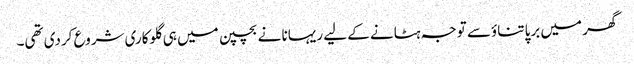
گھر میں برپا تناؤسے توجہ ہٹانے کے لیے ریہانا نے بچپن میں ہی گلوکاری شروع کردی تھی۔